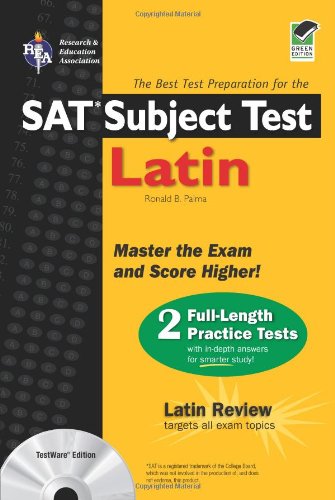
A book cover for SAT Subject Test: Latin w/ CD-ROM (REA) - The Best Test Prep for (SAT PSAT ACT (College Admission) Prep); Ronald B. Palma; Test Preparation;